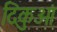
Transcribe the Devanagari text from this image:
दिकुओं